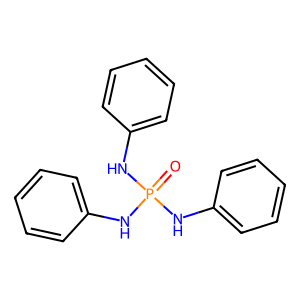
SMILES: O=P(Nc1ccccc1)(Nc1ccccc1)Nc1ccccc1
Inhibits HIV replication: No